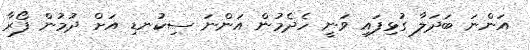
އަންނަ ބަދަލާ ގުޅިފައި ވަނީ ހެދެމުން އަންނަ ސިކުނޑި އަށް ދުމުން ފޯރާ